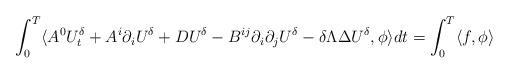
LaTeX: \begin{align*}\int_{0}^{T}\langle A^{0}U^{\delta}_{t}+A^{i}\partial_{i}U^{\delta}+DU^{\delta}-B^{ij}\partial_{i}\partial_{j}U^{\delta}-\delta\Lambda\Delta U^{\delta},\phi\rangle dt=\int_{0}^{T}\langle f,\phi\rangle\end{align*}